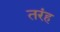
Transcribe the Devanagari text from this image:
तरंह